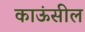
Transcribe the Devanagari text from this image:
काऊंसील